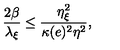
\frac { 2 \beta } { \lambda _ { \xi } } \leq \frac { \eta _ { \xi } ^ { 2 } } { \kappa ( e ) ^ { 2 } \eta ^ { 2 } } ,